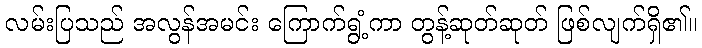
လမ်းပြသည် အလွန်အမင်း ကြောက်ရွံ့ကာ တွန့်ဆုတ်ဆုတ် ဖြစ်လျက်ရှိ၏။